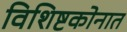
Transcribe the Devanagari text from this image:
विशिष्टकोनात